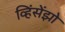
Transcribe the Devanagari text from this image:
व्हिंसेंझो